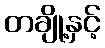
တချို့နှင့်